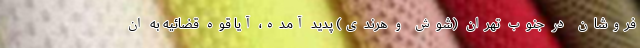
فروشان در جنوب تهران (شوش و هرندی) پدید آمده، آیا قوه قضائیه به ان